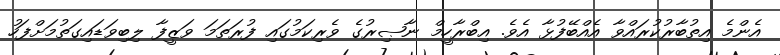
އެންމެ އިތުބާރުކުރައްވާ އެއްބޭފުޅާ އެވެ. އިބްރާހީމް ނާޞިރުގެ ވެރިކަމުގައި ފުރަތަމަ ވަޒީފާ ލިބިވަޑައިގަތުމަށްފަހު